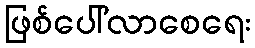
ဖြစ်ပေါ်လာစေရေး